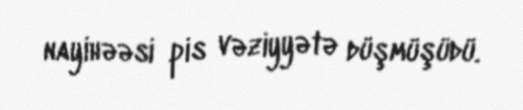
nayihəəsi pis vəziyyətə düşmüşüdü.